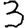
Digit: 3